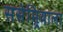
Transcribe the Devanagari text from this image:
ससेमिर्‍याला